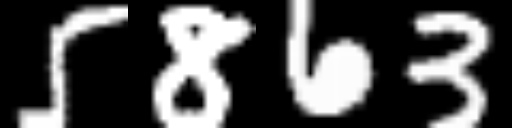
Text: 5863